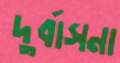
দুর্বাসনা